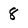
Character: 8